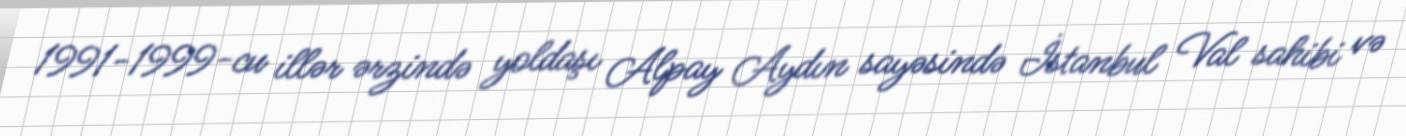
1991-1999-cu illər ərzində yoldaşı Alpay Aydın sayəsində İstanbul Val sahibi və